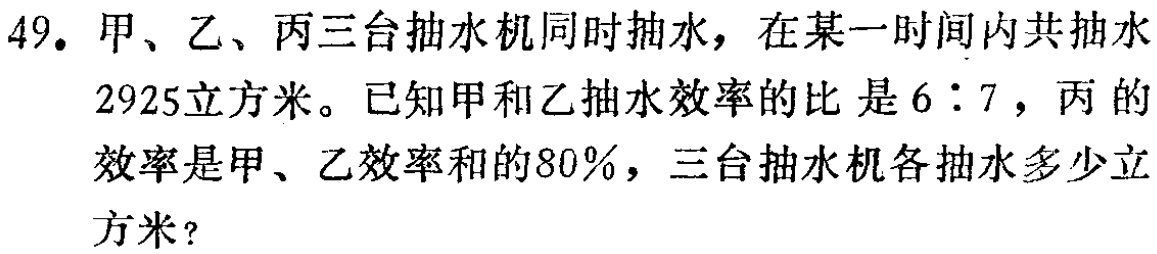
49. 甲、乙、丙三台抽水机同时抽水，在某一时间内共抽水2925立方米。已知甲和乙抽水效率的比是\(6:7\)，丙的效率是甲、乙效率和的\(80\%\)，三台抽水机各抽水多少立方米？